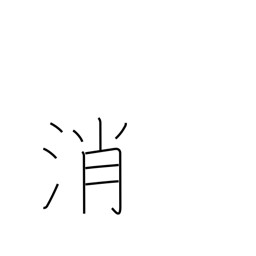
Meaning: neutralize